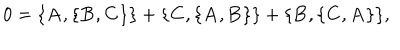
0 = \{ { \bf A } , \{ { \bf B } , { \bf C } \} \} + \{ { \bf C } , \{ { \bf A } , { \bf B } \} \} + \{ { \bf B } , \{ { \bf C } , { \bf A } \} \} ,